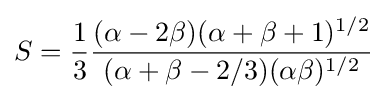
S={\frac {1}{3}}{\frac {(\alpha -2\beta )(\alpha +\beta +1)^{1/2}}{(\alpha +\beta -2/3)(\alpha \beta )^{1/2}}}